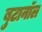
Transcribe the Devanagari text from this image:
बुटानॉल